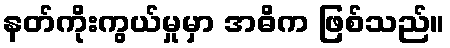
နတ်ကိုးကွယ်မှုမှာ အဓိက ဖြစ်သည်။